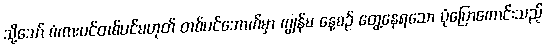
သို့သော် စံကားပင်တစ်ပင်မဟုတ် တစ်ပင်အောက်မှာ ကျွန်မ နေ့စဉ် တွေ့နေရသော ပုံပြောကောင်းသည့်